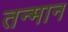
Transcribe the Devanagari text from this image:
तन्मान